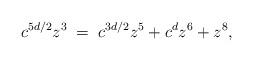
LaTeX: \begin{align*}c^{5d/2}z^3\;=\;c^{3d/2}z^5+c^dz^6+z^8,\end{align*}